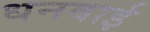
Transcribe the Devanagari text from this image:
धनवाई